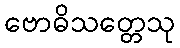
ဗောဓိသတ္တေသု